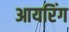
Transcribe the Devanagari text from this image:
आयरिंग